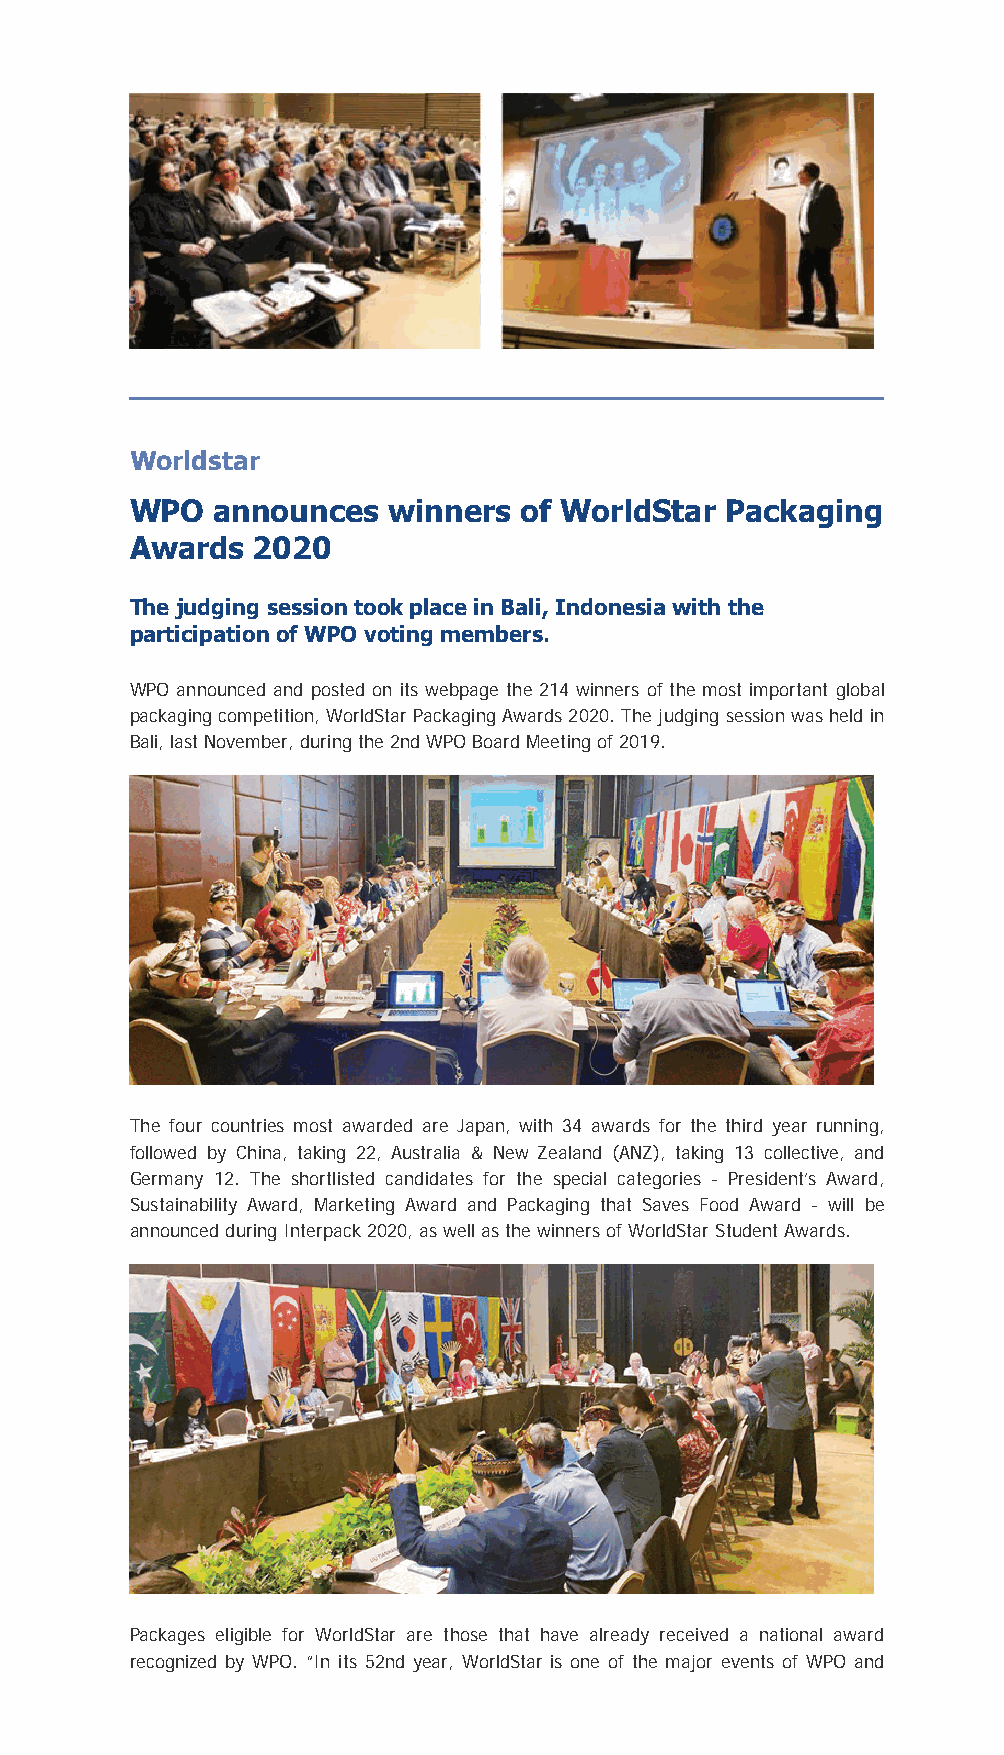
Worldstar
 WPO   announces   winners of WorldStar  Packaging
 Awards   2020
 The judging session took place in Bali, Indonesia with the
 participation of WPO voting members.
 WPO announced and posted on its webpage the 214 winners of the most important global
 packaging competition, WorldStar Packaging Awards 2020. The judging session was held in
 Bali, last November, during the 2nd WPO Board Meeting of 2019.
 The four countries most awarded are Japan, with 34 awards for the third year running,
 followed by China, taking 22, Australia & New Zealand (ANZ), taking 13 collective, and
 Germany 12. The shortlisted candidates for the special categories - President’s Award,
 Sustainability Award, Marketing Award and Packaging that Saves Food Award - will be
 announced during Interpack 2020, as well as the winners of WorldStar Student Awards.
 Packages eligible for WorldStar are those that have already received a national award
 recognized by WPO. “In its 52nd year, WorldStar is one of the major events of WPO and